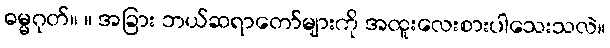
ဓမ္မဂုတ်။ ။ အခြား ဘယ်ဆရာတော်များကို အထူးလေးစားပါသေးသလဲ။